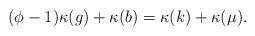
LaTeX: \begin{align*} (\phi-1)\kappa(g)+\kappa(b)=\kappa(k)+\kappa(\mu) . \end{align*}